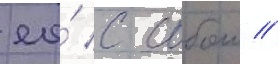
ео́ с собои //